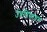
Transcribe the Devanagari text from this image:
उन्नतिसाधन